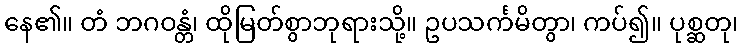
နေ၏။ တံ ဘဂဝန္တံ၊ ထိုမြတ်စွာဘုရားသို့။ ဥပသင်္ကမိတွာ၊ ကပ်၍။ ပုစ္ဆတု၊